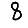
Digit: 8